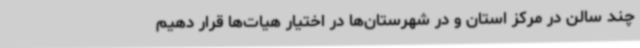
چند سالن در مرکز استان و در شهرستان‌ها در اختیار هیات‌ها قرار دهیم